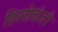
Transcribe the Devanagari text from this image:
फ़िलोलोजी